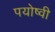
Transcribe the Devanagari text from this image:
पयोष्वी